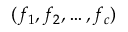
( f _ { 1 } , f _ { 2 } , \ldots , f _ { c } )